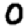
Digit: 0